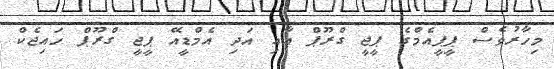
މިހާރުވެސް ޕީޕީއެމްގެ ޕީޖީ ގްރޫޕް އާއި އަދި އެމްޑީއޭ ޕީޖީ ގްރޫޕް ހައިޖެކް